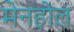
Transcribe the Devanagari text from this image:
मेनहोल